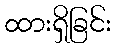
ထားရှိခြင်း